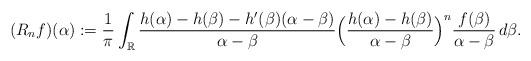
LaTeX: \begin{align*} (R_nf)(\alpha):=\frac{1}{\pi}\int_{\mathbb{R}}\frac{h(\alpha)-h(\beta)-h'(\beta)(\alpha-\beta)}{\alpha-\beta}\Big(\frac{h(\alpha)-h(\beta)}{\alpha-\beta}\Big)^n\frac{f(\beta)}{\alpha-\beta}\,d\beta.\end{align*}